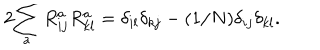
LaTeX: 2 \displaystyle { \sum _ { a } R _ { i j } ^ { a } R _ { k l } ^ { a } = \delta _ { i l } \delta _ { k j } - ( 1 / N ) \delta _ { i j } \delta _ { k l } } .